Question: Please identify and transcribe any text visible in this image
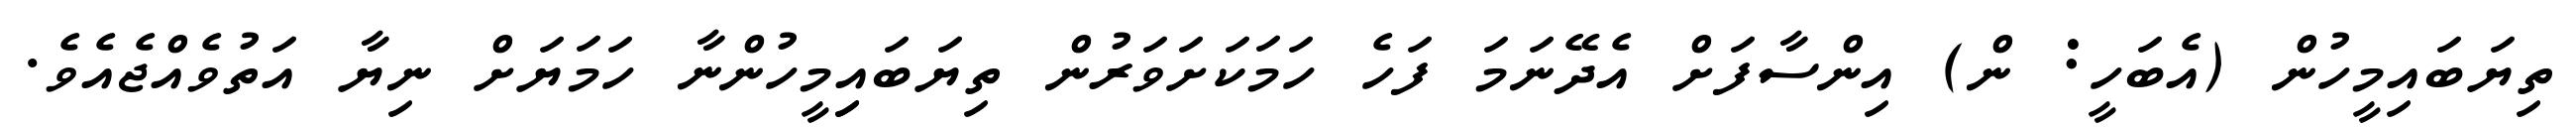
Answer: ތިޔަބައިމީހުން (އެބަހީ: ން) އިންސާފަށް އެދޭނަމަ ފަހެ ހަމަކަށަވަރުން ތިޔަބައިިމީހުންނާ ހަމަޔަށް ނިޔާ އަތުވެއްޖެއެވެ.